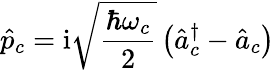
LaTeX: \hat{p}_{c}=\mathrm{i}\sqrt{\frac{\hbar\omega_{c}}{2}}\left(\hat{a}_{c}^{\dagger}-\hat{a}_{c}\right)